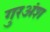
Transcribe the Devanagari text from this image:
गुरअंश